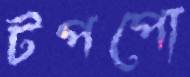
টপপো